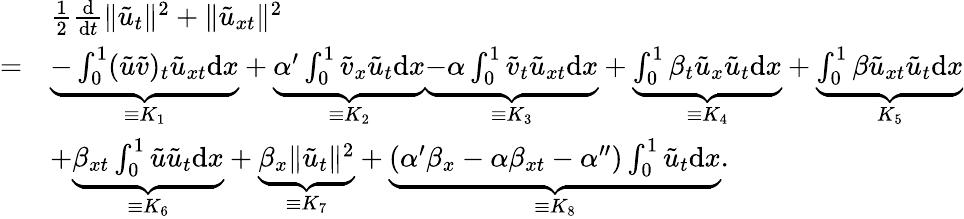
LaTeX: \begin{array}{rl}&{\frac{1}{2}\frac{\mathrm{d}}{\mathrm{d}t}\| \tilde{u}_{t}\| ^{2}+\| \tilde{u}_{xt}\| ^{2}}\\ {=}&{\underbrace{-\int_{0}^{1}(\tilde{u}\tilde{v})_{t}\tilde{u}_{xt}\mathrm{d}x}_{\equiv K_{1}}+\underbrace{\alpha^{\prime}\int_{0}^{1}\tilde{v}_{x}\tilde{u}_{t}\mathrm{d}x}_{\equiv K_{2}}\underbrace{-\alpha\int_{0}^{1}\tilde{v}_{t}\tilde{u}_{xt}\mathrm{d}x}_{\equiv K_{3}}+\underbrace{\int_{0}^{1}\beta_{t}\tilde{u}_{x}\tilde{u}_{t}\mathrm{d}x}_{\equiv K_{4}}+\underbrace{\int_{0}^{1}\beta\tilde{u}_{xt}\tilde{u}_{t}\mathrm{d}x}_{K_{5}}}\\ &{+\underbrace{\beta_{xt}\int_{0}^{1}\tilde{u}\tilde{u}_{t}\mathrm{d}x}_{\equiv K_{6}}+\underbrace{\beta_{x}\| \tilde{u}_{t}\| ^{2}}_{\equiv K_{7}}+\underbrace{(\alpha^{\prime}\beta_{x}-\alpha\beta_{xt}-\alpha^{\prime\prime})\int_{0}^{1}\tilde{u}_{t}\mathrm{d}x}_{\equiv K_{8}}.}\end{array}